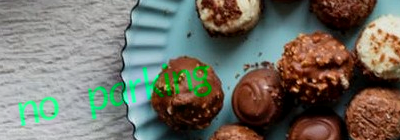
no parking